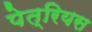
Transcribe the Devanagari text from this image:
पेत्रियस